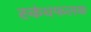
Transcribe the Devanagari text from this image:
स्कंधफलक